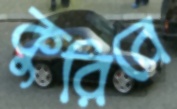
কুরিবে